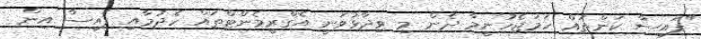
"ފައިސާ ކަންތައް ހަމަޖެހުނީމާ ދެން މި ވިދާޅުވަނީ އެގްރީމެންޓްތައް ހެދުމާއި ފައިސާ އިން